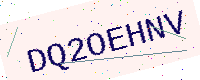
Text: DQ2OEHNV